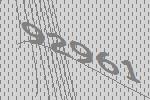
92961